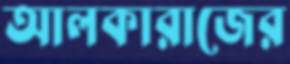
আলকারাজের